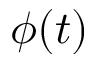
\phi ( t )